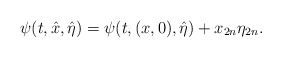
\begin{align*}\psi(t,\hat x,\hat\eta)=\psi(t,(x,0),\hat\eta)+x_{2n}\eta_{2n}.\end{align*}